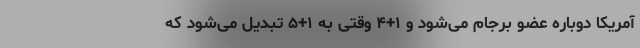
آمریکا دوباره عضو برجام می‌شود و ۱+۴ وقتی به ۱+۵ تبدیل می‌شود که